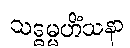
သဒ္ဓမ္မဟိံသနာ